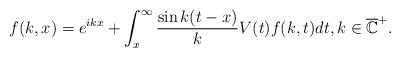
LaTeX: \begin{align*} f(k,x)=e^{ikx}+\int_x^\infty\frac{\sin k(t-x)}{k}V(t)f(k,t)dt,k\in \overline{{\mathbb{C}}}^+.\end{align*}